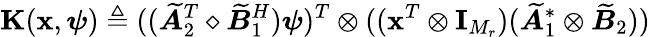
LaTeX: \mathbf{K}(\mathbf{x},\boldsymbol{\psi})\triangleq((\widetilde{\boldsymbol{A}}_{2}^{T}\diamond\widetilde{\boldsymbol{B}}_{1}^{H})\boldsymbol{\psi})^{T}\otimes((\mathbf{x}^{T}\otimes\mathbf{I}_{M_{r}})(\widetilde{\boldsymbol{A}}_{1}^{*}\otimes\widetilde{\boldsymbol{B}}_{2}))